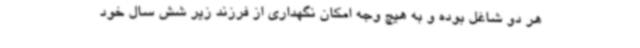
هر دو شاغل بوده و به هیچ وجه امکان نگهداری از فرزند زیر شش سال خود